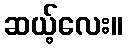
ဆယ့်လေး။